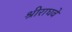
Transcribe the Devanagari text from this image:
श्रीराघवे